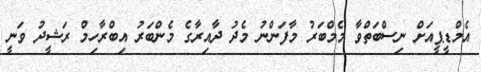
އެމްޑީޕީއަށް ނިސްބަތްވާ މެމްބަރު މާފަންނު މެދު ދާއިރާގެ މެންބަރު އިބްރާހިމް ރަޝީދު ވަނީ